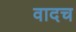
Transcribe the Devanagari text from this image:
वादच